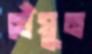
ঘেঁষুন